Vaccination in Bombay 1869-1873 - 1869-1873
Year: 1869
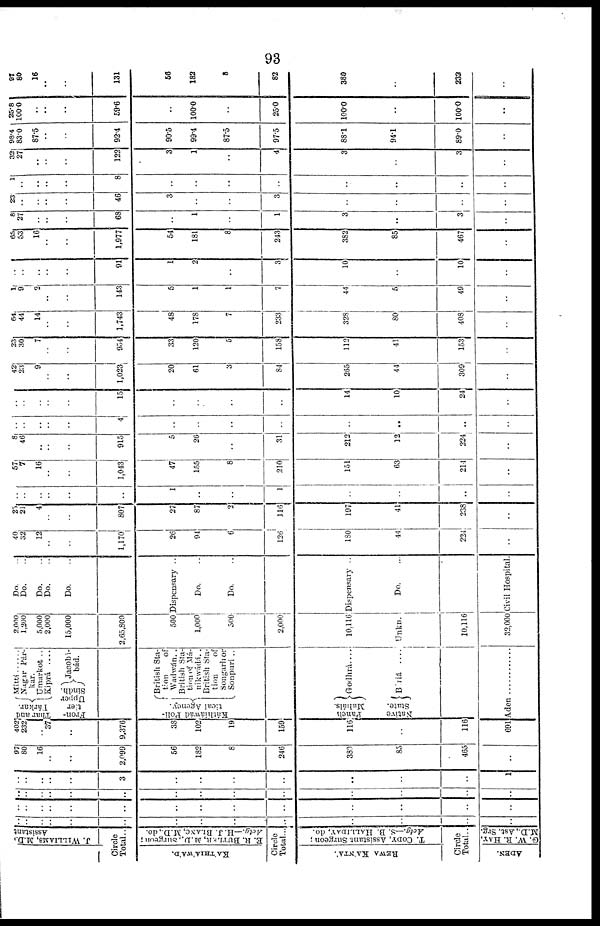
93
J. WILLIAMS, M.D..
Assistant
Circle
Total ..
KA'THIA'WA'D.
E. R. BUTLER, M.D.,Surgeon;
Actg— H. J. BLANC, M.D.,do.
Circle
Total...
REWA KA'NTA'.
T. CODY, Assistant. Surgeon ;
Actg.—S. B. HALLIDAY, do.
Circle
Total..
ADEN.
G. W. R. HAY,
M.D.,Ast. Srg.
..
..
..
..
..
..
..
..
..
..
..
..
..
..
..
..
..
..
..
..
..
..
..
..
..
..
..
..
..
..
..
..
..
..
..
..
..
..
..
..
..
..
..
..
..
..
..
3
..
..
..
..
..
..
..
1
97
80
16
..
..
2,099
56
182
8
246
380
85
465
..
402
232
.. 37
..
9,376
38
102
19
159
116
..
116
691
Thar and
Tárkar.
Mittí......
Nagar Par¬
kar.
Umarkot ..
Kiprá ....
Fron-
tier
Upper
Sindh.
Jacobi¬
bád.
Káthiáwád Poli-
tical Agency.
Panch
Muháls.
Native
State.
British Sta-
tion
of
Wadwán. .
British Sta-
tion of Má¬
nikwádá. .
British Sta-
tion
of
Songarh or
Sonpurí ..
Godhrá....
Báriá
....
Aden ................
2,000
1,200
5,000
2,000
15,000
2,65,800
500
1,000
500
2,000
10,116
Unkn.
10,116
32,000
Do. ..
Do. ..
Do. ..
Do. ..
Do. ..
Dispensary ..
Do.
..
Do. ..
Dispensary ..
Do. ..
Civil Hospital.
40
32
12
..
..
1,170
26
91
6
126
180
44
224
..
25
21
4
..
..
807
27
87
2
116
197
41
238
..
..
..
..
..
..
..
1
..
..
1
..
..
..
..
57
7
16
..
..
1,043
47
155
8
210
151
63
214
..
8
46
..
..
..
915
5
26
..
31
212
12
224
..
..
..
..
..
..
4
..
..
..
..
..
..
..
..
..
..
..
..
..
15
..
..
..
..
14
10
24
..
42
23
9
..
..
1,023
20
61
3
84
265
44
309
..
23
30
7
..
..
954
33
120
5
158
112
41
153
..
64
44
14
..
..
1,743
48
178
7
233
328
80
408
..
1
9
2
..
..
143
5
1
1
7
44
5
49
..
..
..
..
..
..
91
1
2
..
3
10
..
10
..
65
53
16
..
..
1,977
54
181
8
243
382
85
467
..
8
27
..
..
..
68
..
1
..
1
3
..
3
..
23
..
..
..
..
46
3
..
..
3
..
..
..
..
1
..
..
..
..
8
..
..
..
..
..
..
..
..
32
27
..
..
..
122
3
1
..
4
3
..
3
..
98.4
83.0
87.5
..
..
92.4
90.5
99.4
87.5
97.5
88.1
94.1
89.0
..
25.8
100.0
..
..
..
59.6
..
100.0
..
25.0
100.0
..
100.0
..
97
80
16
..
..
131
56
182
8
82
380
..
232
..